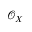
{ \mathcal { O } } _ { X }